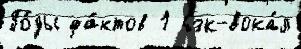
Го́ды фа́ктов 1 бэк-вока́л